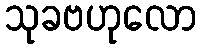
သုခဗဟုလော